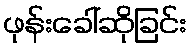
ဖုန်းခေါ်ဆိုခြင်း